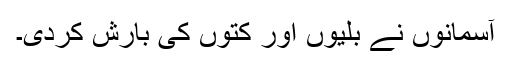
آسمانوں نے بلیوں اور کتوں کی بارش کردی۔